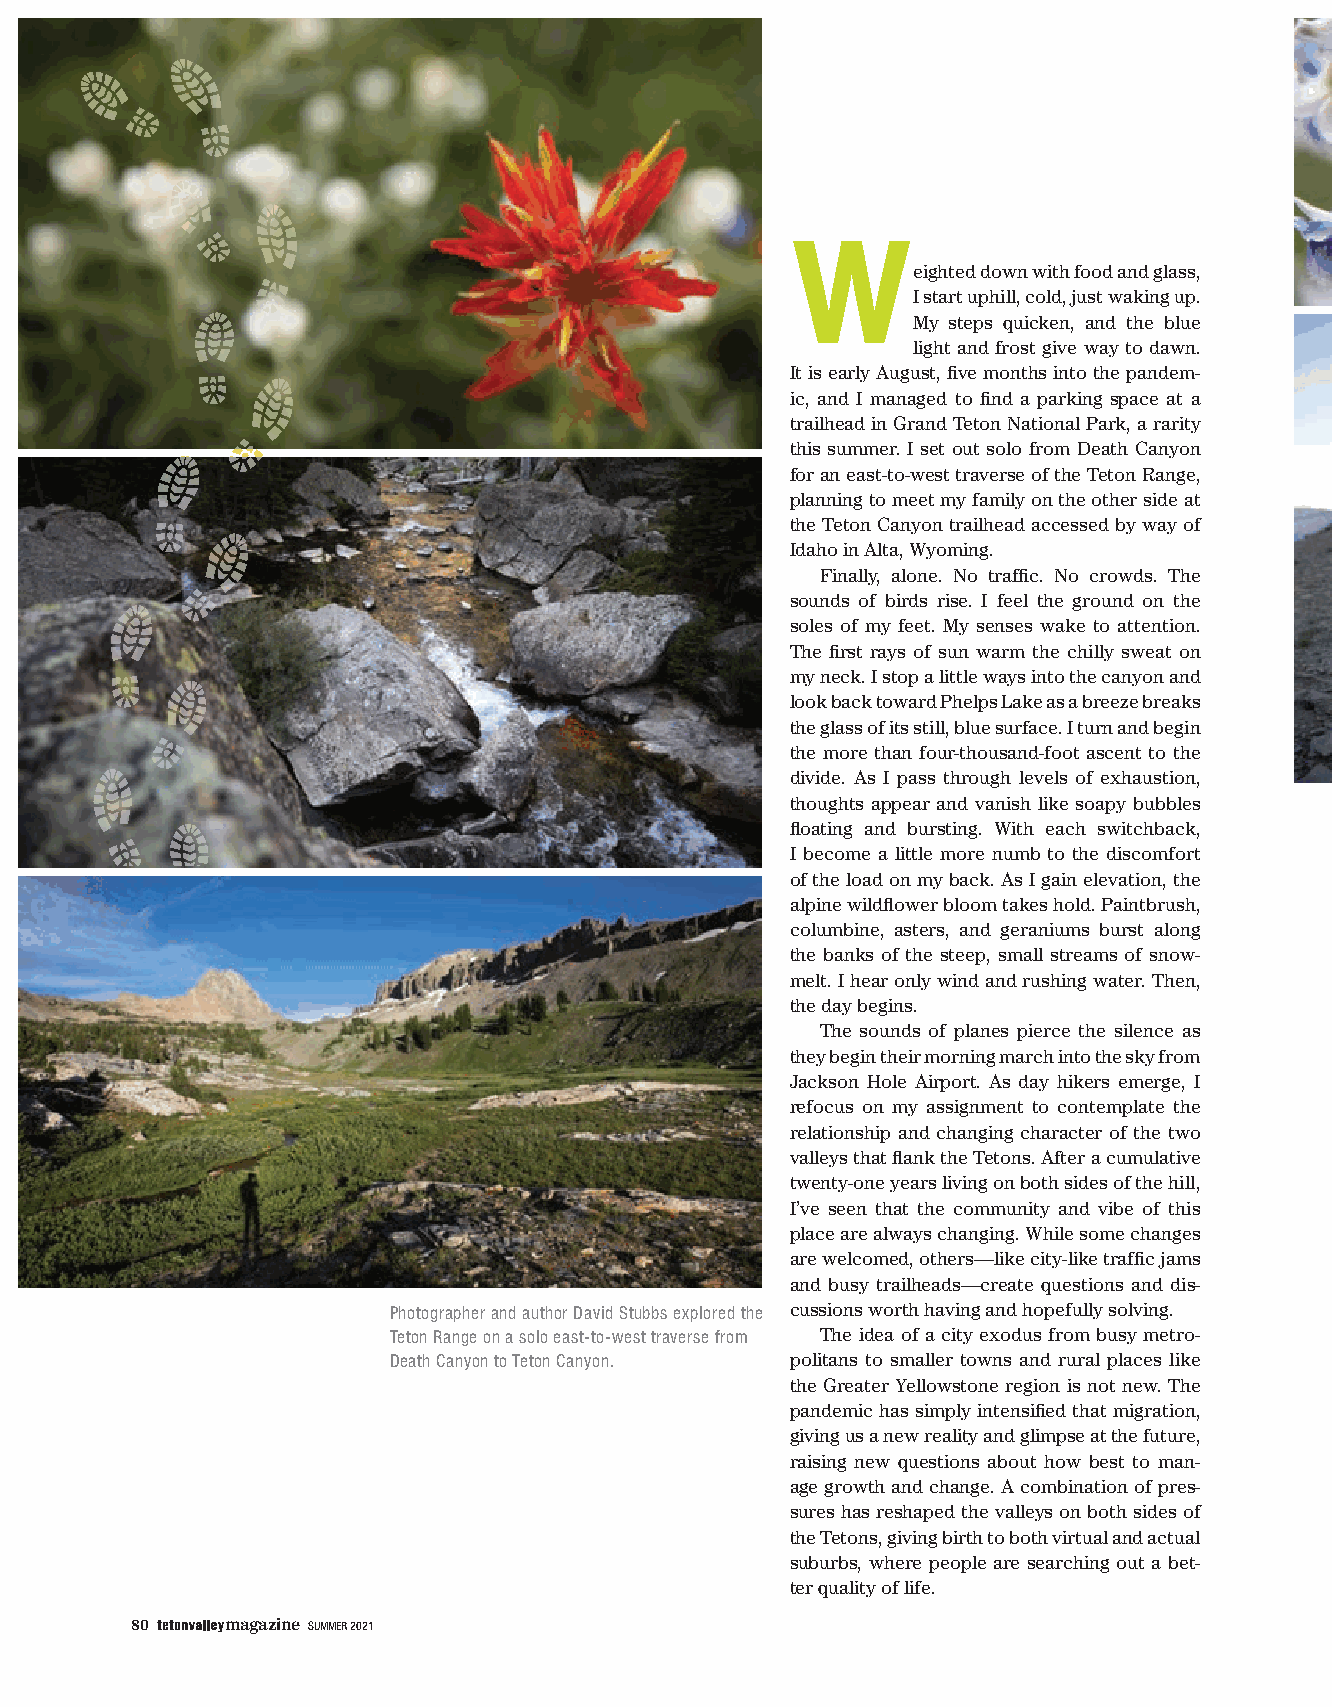
W
 eighted down with food and glass,
 I start uphill, cold, just waking up.
 My steps quicken, and the blue
 light and frost give way to dawn.
 It is early August, five months into the pandem-
 ic, and I managed to find a parking space at a
 trailhead in Grand Teton National Park, a rarity
 this summer. I set out solo from Death Canyon
 for an east-to-west traverse of the Teton Range,
 planning to meet my family on the other side at
 the Teton Canyon trailhead accessed by way of
 Idaho in Alta, Wyoming.
 Finally, alone. No traffic. No crowds. The
 sounds of birds rise. I feel the ground on the
 soles of my feet. My senses wake to attention.
 The first rays of sun warm the chilly sweat on
 my neck. I stop a little ways into the canyon and
 look back toward Phelps Lake as a breeze breaks
 the glass of its still, blue surface. I turn and begin
 the more than four-thousand-foot ascent to the
 divide. As I pass through levels of exhaustion,
 thoughts appear and vanish like soapy bubbles
 floating and bursting. With each switchback,
 I become a little more numb to the discomfort
 of the load on my back. As I gain elevation, the
 alpine wildflower bloom takes hold. Paintbrush,
 columbine, asters, and geraniums burst along
 the banks of the steep, small streams of snow-
 melt. I hear only wind and rushing water. Then,
 the day begins.
 The sounds of planes pierce the silence as
 they begin their morning march into the sky from
 Jackson Hole Airport. As day hikers emerge, I
 refocus on my assignment to contemplate the
 relationship and changing character of the two
 valleys that flank the Tetons. After a cumulative
 twenty-one years living on both sides of the hill,
 I’ve seen that the community and vibe of this
 place are always changing. While some changes
 are welcomed, others—like city-like traffic jams
 and busy trailheads—create questions and dis-
 Photographer and author David Stubbs explored the cussions worth having and hopefully solving.
 Teton Range on a solo east-to-west traverse from The idea of a city exodus from busy metro-
 Death Canyon to Teton Canyon. politans to smaller towns and rural places like
 the Greater Yellowstone region is not new. The
 pandemic has simply intensified that migration,
 giving us a new reality and glimpse at the future,
 raising new questions about how best to man-
 age growth and change. A combination of pres-
 sures has reshaped the valleys on both sides of
 the Tetons, giving birth to both virtual and actual
 suburbs, where people are searching out a bet-
 ter quality of life.
 80    magazine SUMMER 2021